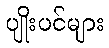
ပျိုးပင်များ